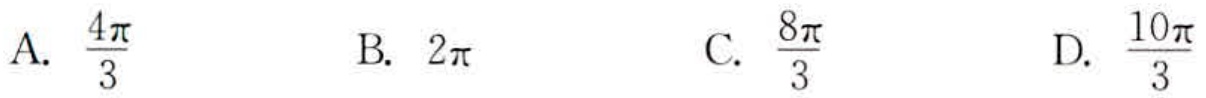
A. \(\frac{4\pi}{3}\)
B. \(2\pi\)
C. \(\frac{8\pi}{3}\)
D. \(\frac{10\pi}{3}\)